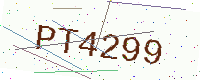
Text: PT4299